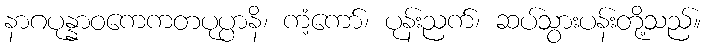
နာဂပုန္နာဝကေကတပုပ္ပာနိ၊ ကံ့ကော်၊ ပုန်းညက်၊ ဆပ်သွားပန်းတို့သည်။